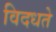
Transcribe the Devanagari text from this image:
विदधते